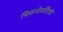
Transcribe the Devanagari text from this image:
पिकनोनॉटिडी